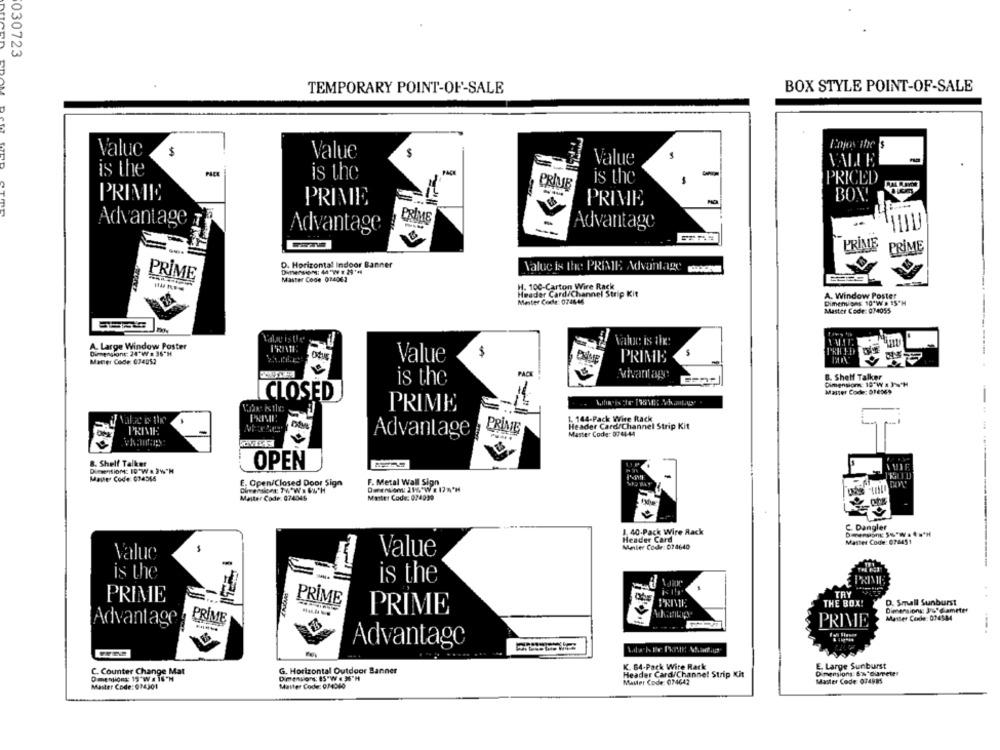
030723
TEMPORARY POINT-OF-SALE
BOX STYLE POINT-OF-SALE
Enjoy thes
Valuc
$
Value
$
Value
VALLE
is the
-
is the
Tis the
-
PRICED
BOY
PRIMIC
PRIME
PRIME
Advantage
PRIME
Advantage
Advantage
PRIME
PRÍME
---
D. Horizontal Indoor Banner
Value is the PRIME Advantage woche
PRIME
Master Code 014062
H. 100-Carton Wire Rack
Master Code: 074646
Header Card/Channel Strip Kit
Dimensions 10'WW # 15*H
A. Window Poster
Master Code: 014055
A. Large Window Poste
Value is the:
Dimensione: 24 W # 35'H
$
TRH LD
Macer Code: 014052
Value
PRIME
PACK
B. Sheff Talker
is the
Dimensions: 19'W x Js'H
Master Code: 014069
CLOSED
PRIME
1. 144-Pack Wire Rack
Header Card/Channel Strip Kit
PRIME
Advantage PRIME
Master Code: 074444
8. Shelf Talker
OPEN
Dimention: 19 W & 3%"H
Mane Code: 034566
E. Open/Closed Door Sign
F. Metal Wall Sign
Densom: 216"W x 178'H
Maiter Code: 074046
Master Code: 024999
C. Dangler
1 40-Pack Wire Rack
Header Card
Master Code: 076451
Maler Code: 074640
Value
Value
is the
is the
TRY
PRIME
D. Small Sunburst
PRIME
THE BOX!
PRIME
Dimensions: 3%" diameter
Advantage
PRIME
PRIME
Master Code: 074584
Advantage
K. 84-Pack Wire Rack
E. Large Sunburst
C. Counter Change Mat
G. Horizontal Outdoor Banner
Header Card/Channel Strip Kit
Dimensions:Ex"diameter
Dimentions: 13 "We IS'H
Mauler Code: 074642
Master Code 074885
Master Code: 014301
Manter Code: 014010